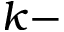
k -